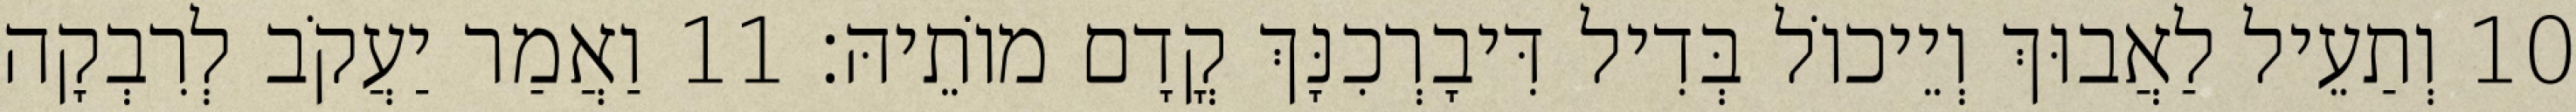
10 וְתַעֵיל לַאֲבוּךְ וְיֵיכוֹל בְּדִיל דִּיבָרְכִנָּךְ קֳדָם מוֹתֵיהּ׃ 11 וַאֲמַר יַעֲקֹב לְרִבְקָה